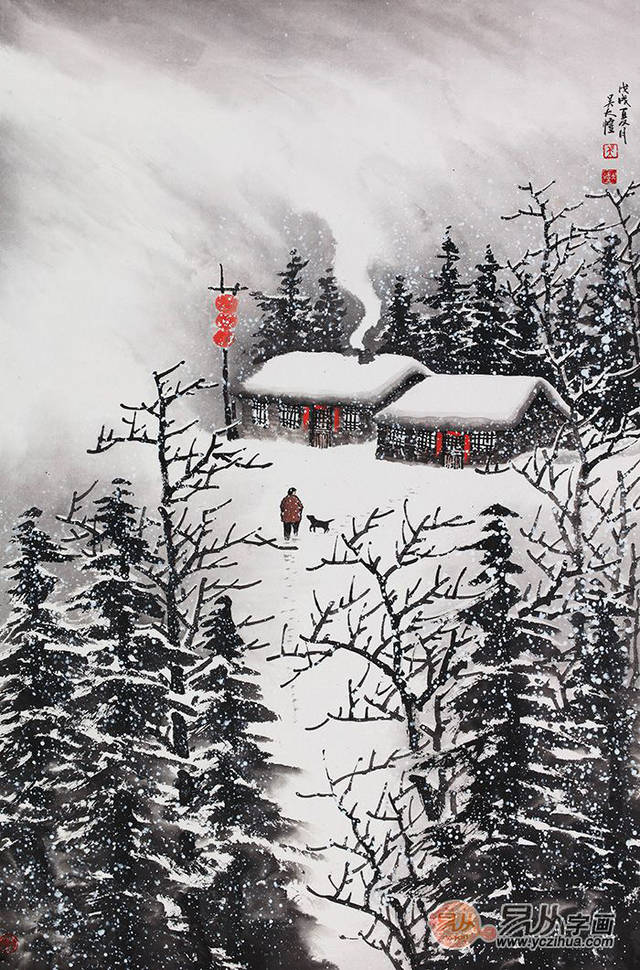
斜风细雨作春寒。对尊前。